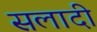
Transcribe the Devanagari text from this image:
सलादी